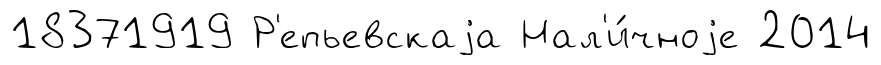
18371919 Р'епьевскаjа Нал'и́чноjе 2014